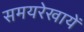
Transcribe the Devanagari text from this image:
समयरेखायें